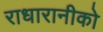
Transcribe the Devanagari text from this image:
राधारानीको